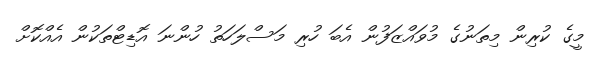
މީގެ ކުރިން މިތަނުގެ މުވައްޒަފުން އެބަ ހުރި މަސްލަހަތު ހުންނަ އޮޑިޓްތަކުން އެއްކޮށް